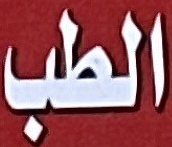
الطب